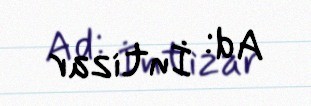
Ad: İntizar